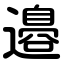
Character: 邉